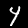
Label: 4